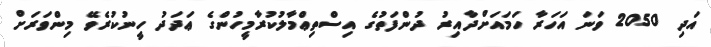
އަދި 2050 ވަނަ އަހަރާ ހަމައަށްދާއިރު ދުންފަތުގެ އިސްތިޢްމާލުކުރާމީހުންގެ ޢަދަދު ހީނުކުރެވޭ މިންވަރަށް